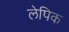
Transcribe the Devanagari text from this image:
लेपिक